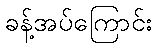
ခန့်အပ်ကြောင်း